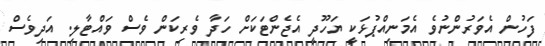
ފަހުން އެވަރުންނުވެ އެމަނިއްޕުޅަކީ ޔަހޫދީ އެޖެންޓަކަށް ހަދާ ވެރިކަން ވެސް ވައްޓާލި. އަދިވެސް